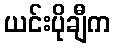
ယင်းပိုချီက